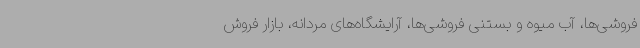
فروشی‌ها، آب میوه و بستنی فروشی‌ها، آرایشگاه‌های مردانه، بازار فروش